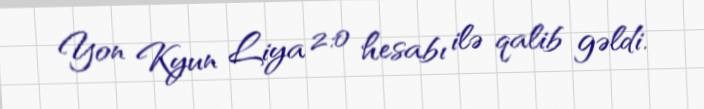
Yon Kyun Liya 2:0 hesabı ilə qalib gəldi.